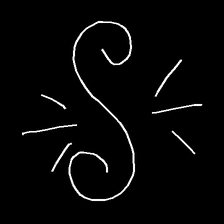
Glyph: wind-directs-air